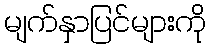
မျက်နှာပြင်များကို